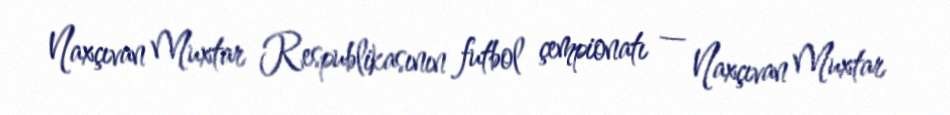
Naxçıvan Muxtar Respublikasının futbol çempionatı — Naxçıvan Muxtar